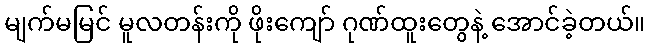
မျက်မမြင် မူလတန်းကို ဖိုးကျော် ဂုဏ်ထူးတွေနဲ့ အောင်ခဲ့တယ်။